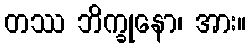
တဿ ဘိက္ခုနော၊ အား။